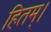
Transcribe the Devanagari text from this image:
हितम्।